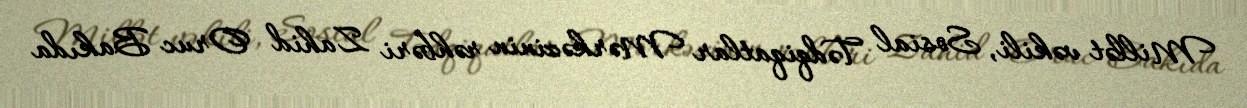
Millət vəkili, Sosial Tədqiqatlar Mərkəzinin rəhbəri Zahid Oruc Bakıda